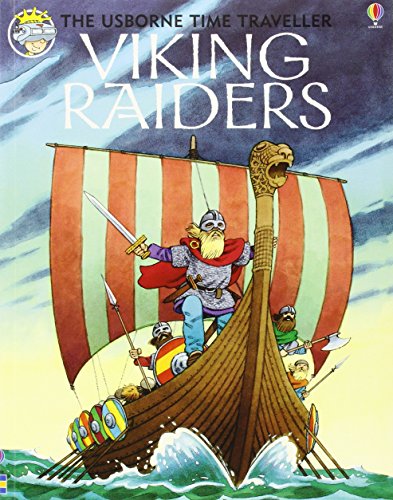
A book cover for Viking Raiders (Usborne Time Traveler); Anne Civardi; Children's Books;